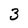
Character: 3